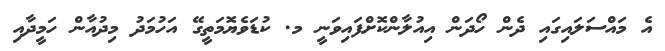
އެ މައްސަލައިގައި ދެން ހޯދަން އިއުލާންކޮށްފައިވަނީ މ. ކުޑަވެޔޮމަތީގޭ އަހުމަދު މިދުއާން ހަމީދާއި